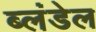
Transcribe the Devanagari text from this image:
ब्लंडेल